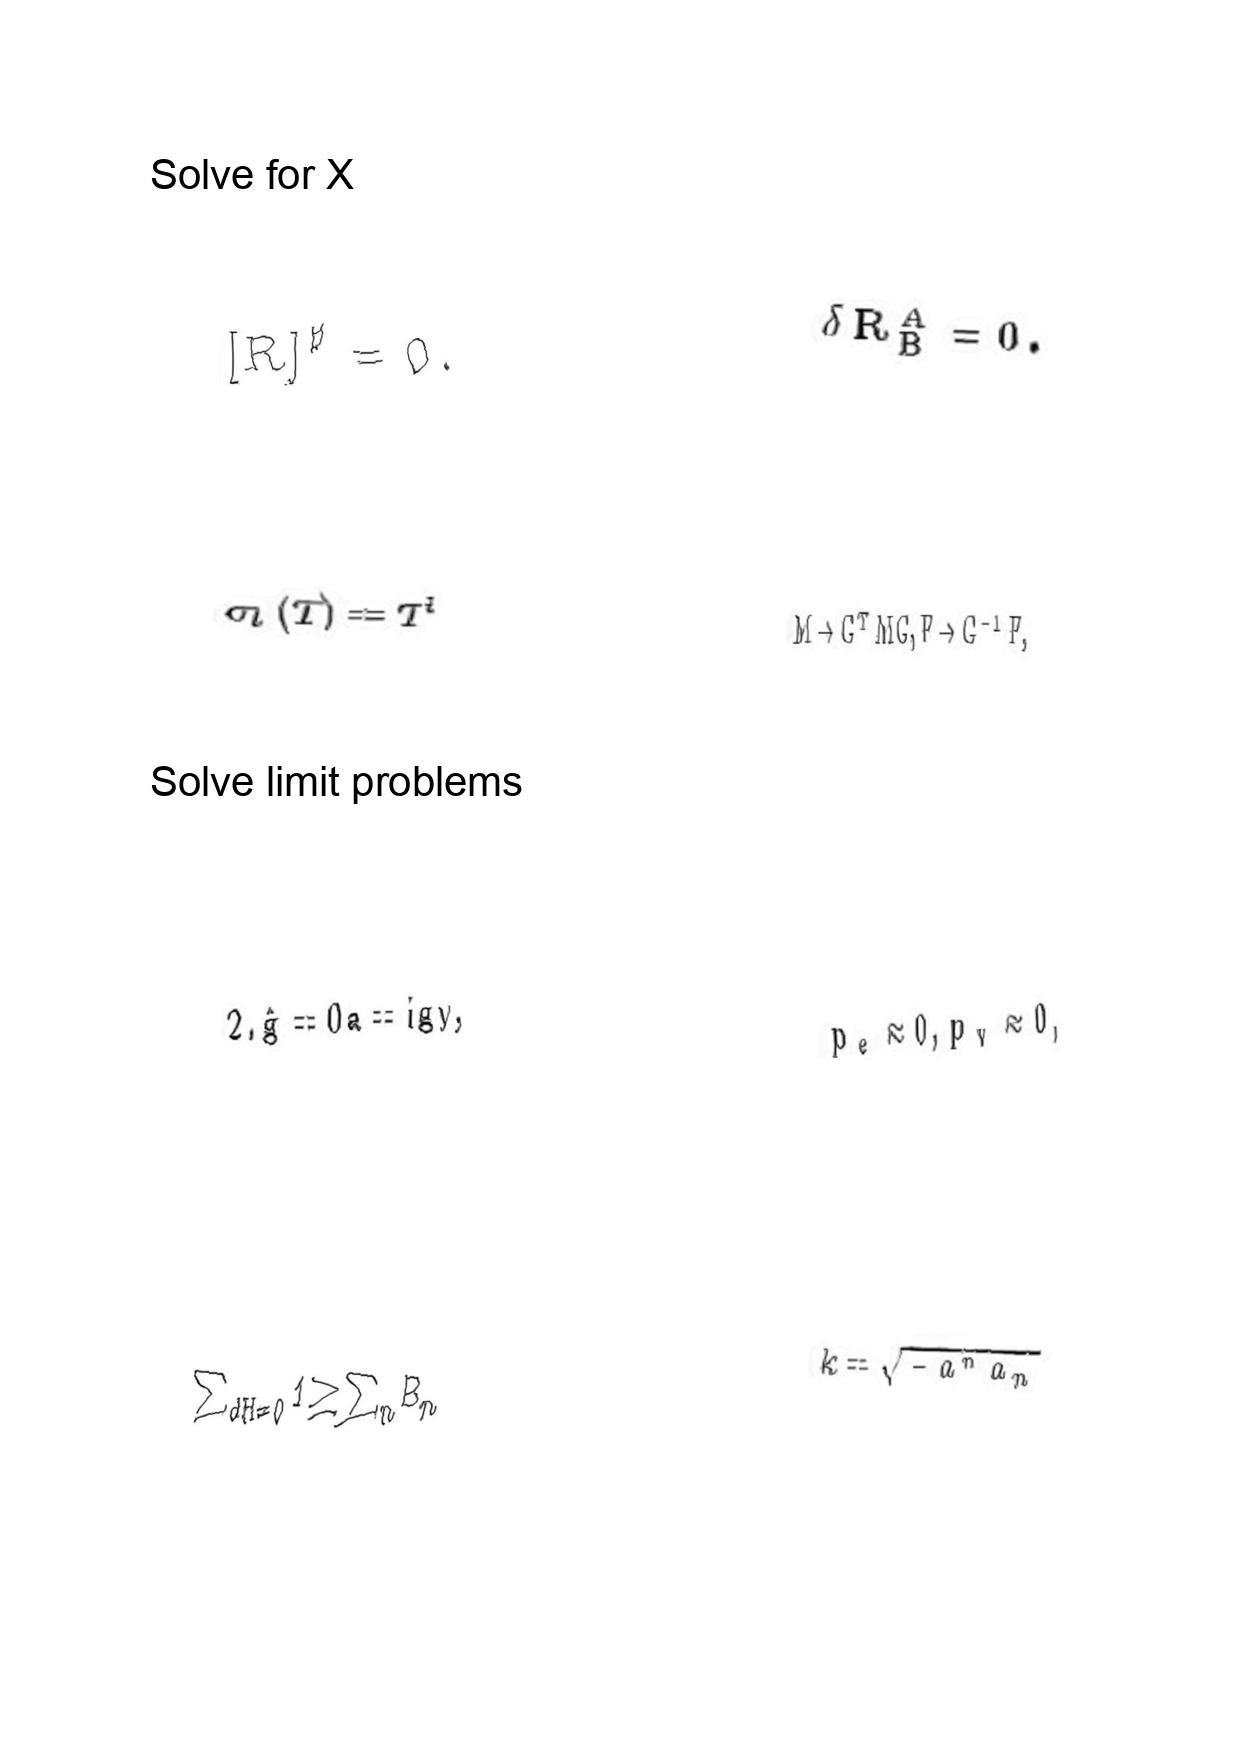
LaTeX transcription:
\lbrack R \rbrack ^ { \sharp } = 0 .
\sigma _ { l } \lparen T \rparen = T ^ { l }
2 . \hat { g } = 0 a = i g y ,
\sum _ { d H = 0 } 1 \geq \sum _ { n } B _ { n }
\delta R _ { B } ^ { A } = 0 .
M \to G ^ { T } M G , F \to G ^ { - 1 } F ,
p _ { e } \approx 0 , p _ { v } \approx 0 ,
k = \sqrt { - a ^ { n } a _ { n } }